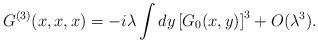
LaTeX: \begin{align*}G^{(3)}(x,x,x)= -i\lambda\int dy\left[G_0(x,y)\right]^3 +O(\lambda^3).\end{align*}